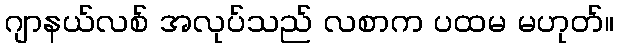
ဂျာနယ်လစ် အလုပ်သည် လစာက ပထမ မဟုတ်။